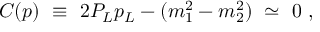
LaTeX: C ( p ) \ \equiv \ 2 P _ { L } p _ { L } - ( m _ { 1 } ^ { 2 } - m _ { 2 } ^ { 2 } ) \ \simeq \ 0 \ ,